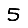
Digit: 5